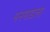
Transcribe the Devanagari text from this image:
मनमाडला